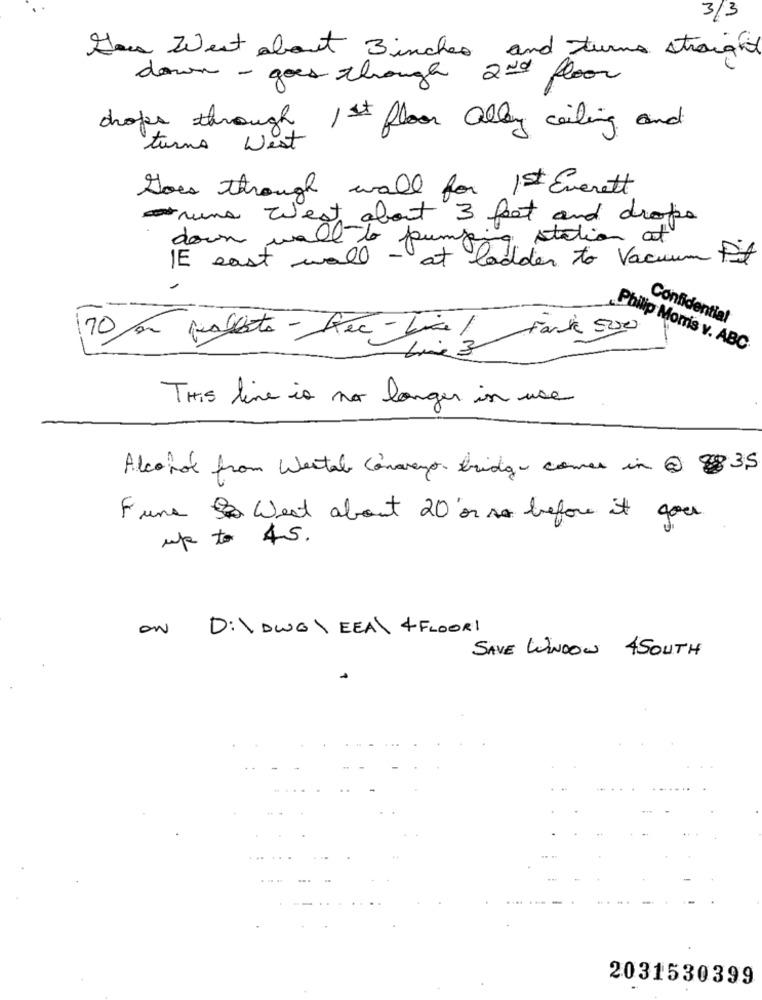
3/3
You West about 3 inches and turns straight
down - goes through 2nd floor
crops through 1st floor alley wailing and
turns West
Goes through wall for 1st Everett
rune west about 3 foot and drops
station at
down wall to pung
IE east wall - at ladder to Vacuum it
Confidential
Fark 500
70 por palleta - Dec-bic/
Philip Morris v. ABC
THIS line is no longer in use
Alcohol from Westal Conveys bridge comes in @ 3,5
Fune & West about 20 or so before it goes
up to 45.
ON D:\ DWG\ EEAL 4FLOOR!
SAVE WINDOW SOUTH
2031530399